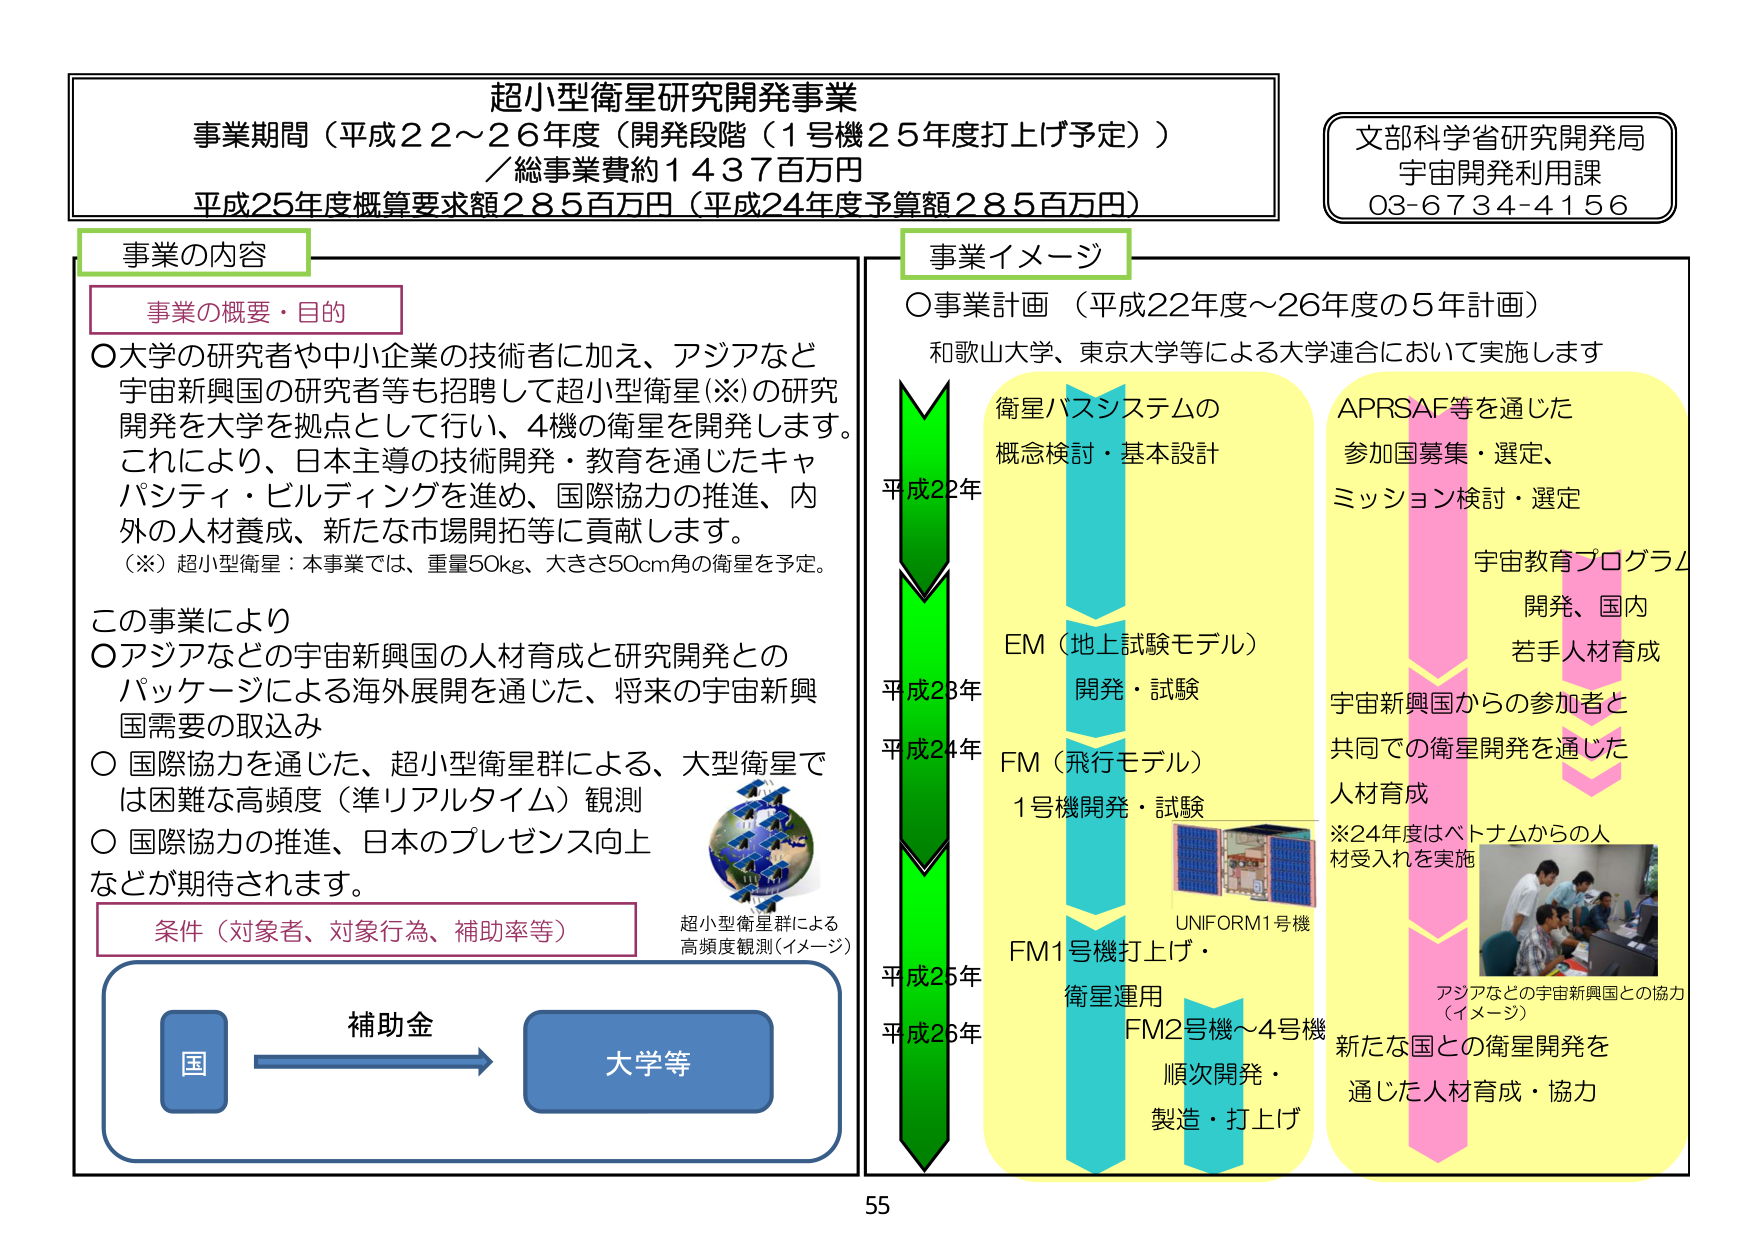
超小型衛星研究開発事業
事業期間（平成22～26年度（開発段階（1号機25年度打上げ予定））
／総事業費約1437百万円
平成25年度概算要求額285百万円（平成24年度予算額285百万円）

文部科学省研究開発局
宇宙開発利用課
03-6734-4156

事業の内容
事業の概要・目的
〇大学の研究者や中小企業の技術者に加え、アジアなど
宇宙新興国の研究者等も招聘して超小型衛星（※）の研究
開発を大学を拠点として行い、4機の衛星を開発します。
これにより、日本主導の技術開発・教育を通じたキャ
パシティ・ビルディングを進め、国際協力の推進、内
外の人材養成、新たな市場開拓等に貢献します。
（※）超小型衛星：本事業では、重量50kg、大きさ50cm角の衛星を予定。

この事業により
〇アジアなどの宇宙新興国の人材育成と研究開発との
パッケージによる海外展開を通じた、将来の宇宙新興
国需要の取込み
〇国際協力を通じた、超小型衛星群による、大型衛星で
は困難な高頻度（準リアルタイム）観測
〇国際協力の推進、日本のプレゼンス向上
などが期待されます。

条件（対象者、対象行為、補助率等）
補助金
国 → 大学等

超小型衛星群による
高頻度観測（イメージ）

事業イメージ
〇事業計画（平成22年度～26年度の5年計画）
和歌山大学、東京大学等による大学連合において実施します

平成22年
衛星バスシステムの
概念検討・基本設計

平成23年
EM（地上試験モデル）
開発・試験

平成24年
FM（飛行モデル）
1号機開発・試験

平成25年
FM1号機打上げ・
衛星運用

平成26年
FM2号機～4号機
順次開発・
製造・打上げ

UNIFORM1号機

APRSAF等を通じた
参加国募集・選定、
ミッション検討・選定

宇宙教育プログラム
開発、国内
若手人材育成

宇宙新興国からの参加者と
共同での衛星開発を通じた
人材育成
※24年度はベトナムからの人
材受入れを実施

アジアなどの宇宙新興国との協力
（イメージ）

新たな国との衛星開発を
通じた人材育成・協力

55